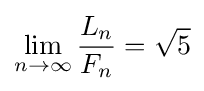
\lim _{n\to \infty }{\frac {L_{n}}{F_{n}}}={\sqrt {5}}